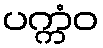
ပက္ကံဝ